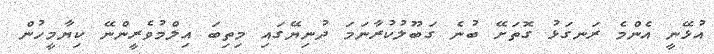
އުޅޭނީ އެންމެ ރަނގަޅު ގޮތަށޭ ބުނެ ގަބޫލުކުރާނަމަ ދުނިޔޭގައި މިތިބަ އިލްމުވެރީންނޭ ކިޔާމީހުން